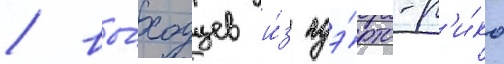
/ вы́ходцев и́з пуэ́рто-р'и́ко